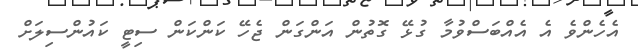
އެހެންވެ އެ އެއްބަސްވުމާ ގުޅޭ ގޮތުން އަންގަން ޖެހޭ ކަންކަން ސިޓީ ކައުންސިލަށް